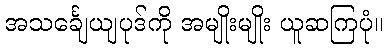
အသင်္ချေယျပုဒ်ကို အမျိုးမျိုး ယူဆကြပုံ။